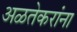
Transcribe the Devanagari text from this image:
अळतेकरांना